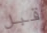
قبل